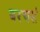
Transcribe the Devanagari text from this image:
बरचसं